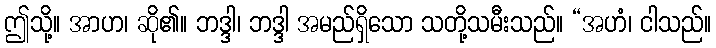
ဤသို့။ အာဟ၊ ဆို၏။ ဘဒ္ဒါ၊ ဘဒ္ဒါ အမည်ရှိသော သတို့သမီးသည်။ “အဟံ၊ ငါသည်။